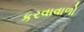
કરવાવાળો